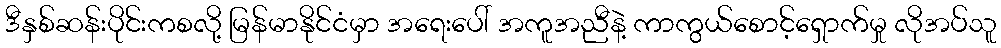
ဒီနှစ်ဆန်းပိုင်းကစလို့ မြန်မာနိုင်ငံမှာ အရေးပေါ် အကူအညီနဲ့ ကာကွယ်စောင့်ရှောက်မှု လိုအပ်သူ